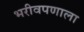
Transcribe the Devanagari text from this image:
भरीवपणाला